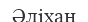
Әліхан